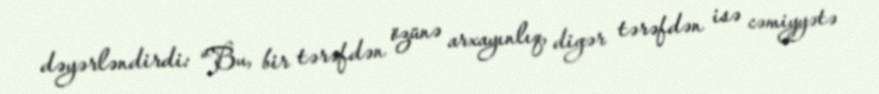
dəyərləndirdi: “Bu, bir tərəfdən özünə arxayınlıq, digər tərəfdən isə cəmiyyətə